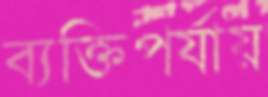
ব্যক্তিপর্যায়